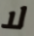
لا